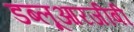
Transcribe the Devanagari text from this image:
डब्लूआरजीबी